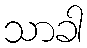
သာခါ